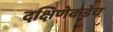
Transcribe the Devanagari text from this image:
दक्षिणेकडेच